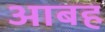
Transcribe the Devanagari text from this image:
आबह